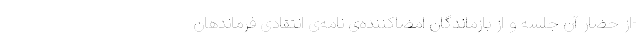
-از حضار آن جلسه و از بازماندگان امضاکننده‌ی نامه‌ی انتقادی فرماندهان